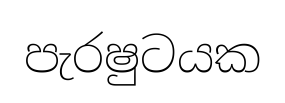
පැරෂුටයක